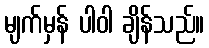
မျက်မှန် ပါဝါ ချိန်သည်။